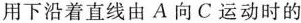
用下沿着直线由A向C运动时的